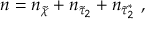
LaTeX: n = n _ { \tilde { \chi } } + n _ { \tilde { \tau } _ { 2 } } + n _ { \tilde { \tau } _ { 2 } ^ { \ast } } ~ ,